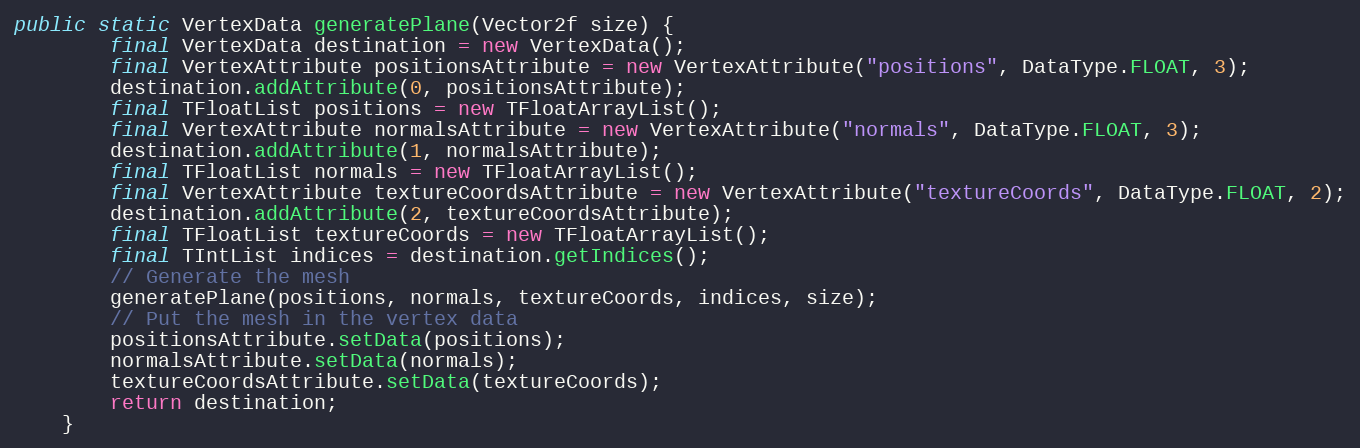
Language: Java
public static VertexData generatePlane(Vector2f size) {
        final VertexData destination = new VertexData();
        final VertexAttribute positionsAttribute = new VertexAttribute("positions", DataType.FLOAT, 3);
        destination.addAttribute(0, positionsAttribute);
        final TFloatList positions = new TFloatArrayList();
        final VertexAttribute normalsAttribute = new VertexAttribute("normals", DataType.FLOAT, 3);
        destination.addAttribute(1, normalsAttribute);
        final TFloatList normals = new TFloatArrayList();
        final VertexAttribute textureCoordsAttribute = new VertexAttribute("textureCoords", DataType.FLOAT, 2);
        destination.addAttribute(2, textureCoordsAttribute);
        final TFloatList textureCoords = new TFloatArrayList();
        final TIntList indices = destination.getIndices();
        // Generate the mesh
        generatePlane(positions, normals, textureCoords, indices, size);
        // Put the mesh in the vertex data
        positionsAttribute.setData(positions);
        normalsAttribute.setData(normals);
        textureCoordsAttribute.setData(textureCoords);
        return destination;
    }